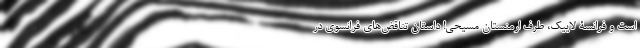
است و فرانسۀ لاییک، طرف ارمنستان مسیحی! داستان تناقض‌های فرانسوی در